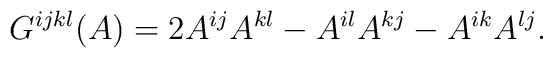
G^{ijkl}(A)=2A^{ij}A^{kl}-A^{il}A^{kj}-A^{ik}A^{lj}.